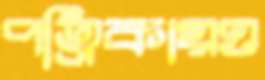
পত্রিকায়ও